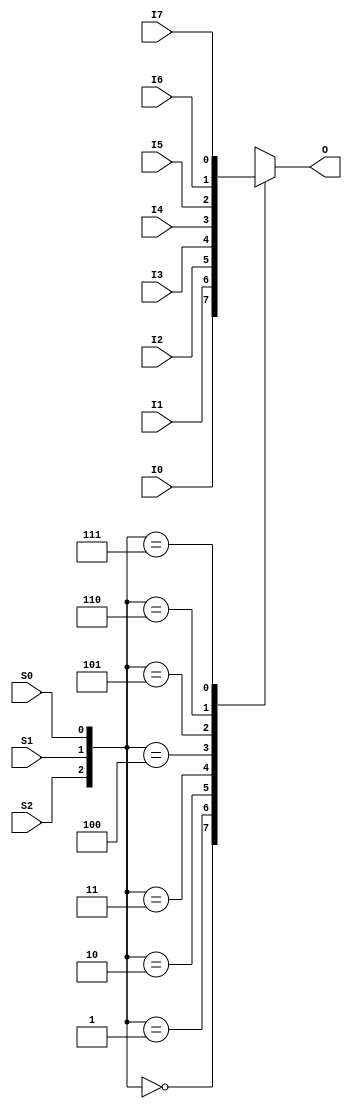
`ifdef verilator3
`else
`timescale 1 ps / 1 ps
`endif
//
// MUX8 primitive for Gowin FPGAs
// Compatible with Verilator tool (www.veripool.org)
// Copyright (c) 2022 Frdric REQUIN
// License : BSD
//

module MUX8
(
    input      I0, I1, I2, I3, I4, I5, I6, I7,
    input      S0, S1, S2,
    output reg O
);

    always @ (*) begin
        case ({S2, S1, S0})
            3'b000 : O = I0;
            3'b001 : O = I1;
            3'b010 : O = I2;
            3'b011 : O = I3;
            3'b100 : O = I4;
            3'b101 : O = I5;
            3'b110 : O = I6;
            3'b111 : O = I7;
        endcase
    end

endmodule